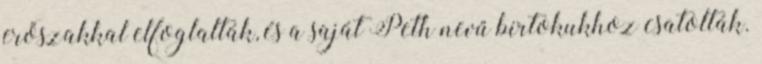
erőszakkal elfoglalták, és a saját Peth nevű birtokukhoz csatolták.